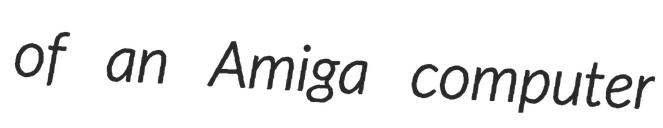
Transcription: of an Amiga computer